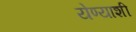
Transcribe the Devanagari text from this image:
येण्याशी